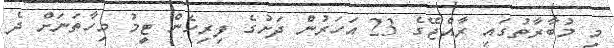
މި މުބާރާތުގައި ރާއްޖޭގެ 23 އަހަރުން ދަށުގެ ފިރިހެން ޓީމު މިހާތަނަށް ދެ